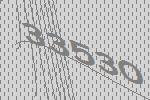
33530